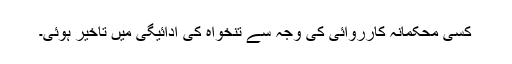
کسی محکمانہ کارروائی کی وجہ سے تنخواہ کی ادائیگی میں تاخیر ہوئی۔